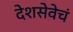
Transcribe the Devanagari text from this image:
देशसेवेचं